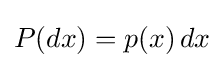
P(dx)=p(x)\,dx